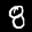
Label: 8